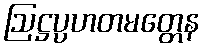
ဩဋ္ဌပ္ပဟတမတ္တေန